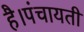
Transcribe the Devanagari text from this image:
है।पंचायती